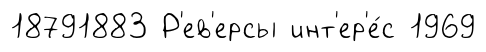
18791883 Р'ев'ерсы инт'ер'е́с 1969